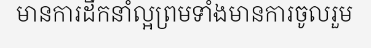
មានការដឹកនាំល្អព្រមទាំងមានការចូលរួម